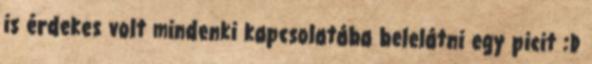
is érdekes volt mindenki kapcsolatába belelátni egy picit :D